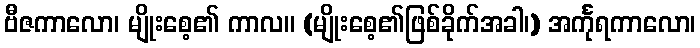
ဗီဇကာလော၊ မျိုးစေ့၏ ကာလ။ (မျိုးစေ့၏ဖြစ်ခိုက်အခါ၊) အင်္ကုရကာလော၊